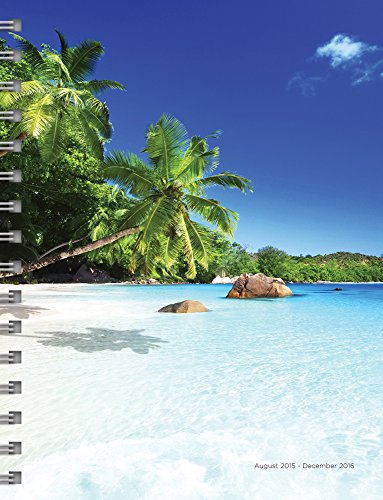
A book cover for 2016 Tropical Beaches 17 Month Spiral Planner; TF Publishing; Science & Math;